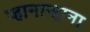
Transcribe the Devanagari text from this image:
प्हानान्हाना